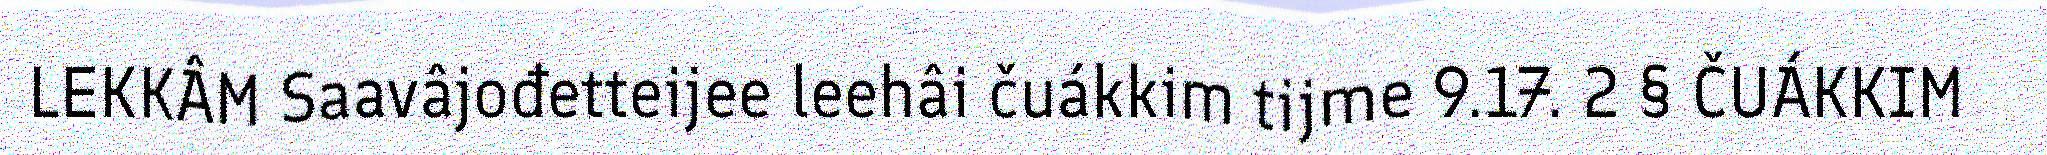
LEKKÂM Saavâjođetteijee leehâi čuákkim tijme 9.17. 2 § ČUÁKKIM